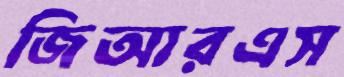
জিআরএস